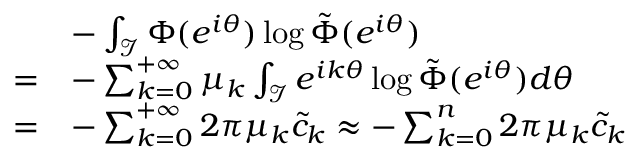
\begin{array} { r l } & { - \int _ { \mathcal { I } } \Phi ( e ^ { i \theta } ) \log \tilde { \Phi } ( e ^ { i \theta } ) } \\ { = } & { - \sum _ { k = 0 } ^ { + \infty } \mu _ { k } \int _ { \mathcal { I } } e ^ { i k \theta } \log \tilde { \Phi } ( e ^ { i \theta } ) d \theta } \\ { = } & { - \sum _ { k = 0 } ^ { + \infty } 2 \pi \mu _ { k } \tilde { c } _ { k } \approx - \sum _ { k = 0 } ^ { n } 2 \pi \mu _ { k } \tilde { c } _ { k } } \end{array}